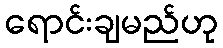
ရောင်းချမည်ဟု